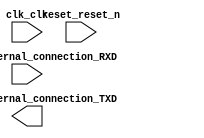

module lab2 (
	clk_clk,
	reset_reset_n,
	uart_0_external_connection_RXD,
	uart_0_external_connection_TXD);	

	input		clk_clk;
	input		reset_reset_n;
	input		uart_0_external_connection_RXD;
	output		uart_0_external_connection_TXD;
endmodule